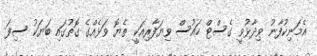
އެމަނިކުފާނު ވިދާޅުވީ ގެސްޓް ހައުސް ވިޔަފާރިއަކީ ތެޔޮ ވަޅެއްގެ ގޮތުގައި ބަޔަކު ސިފަ